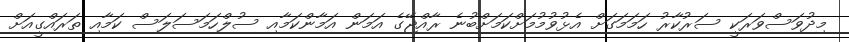
މިދުވަސްވަރަކީ ސަރުކާރު ހަމަމަގަށް އެޅުވުމުމަށްކަމަށްބުނެ ރާއްޖޭގެ އަމަން އަމާންކަމާއި ސުލްހަމަސަލަސް ކަމާއި ތަރައްގީއަށް